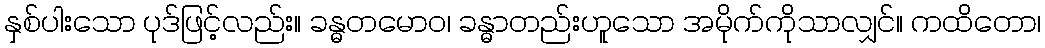
နှစ်ပါးသော ပုဒ်ဖြင့်လည်း။ ခန္ဓတမောဝ၊ ခန္ဓာတည်းဟူသော အမိုက်ကိုသာလျှင်။ ကထိတော၊